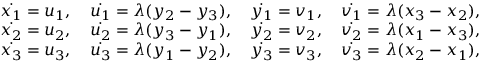
\begin{array} { r l } & { \dot { x _ { 1 } } = u _ { 1 } , \quad \dot { u _ { 1 } } = \lambda ( y _ { 2 } - y _ { 3 } ) , \quad \dot { y _ { 1 } } = v _ { 1 } , \quad \dot { v _ { 1 } } = \lambda ( x _ { 3 } - x _ { 2 } ) , } \\ & { \dot { x _ { 2 } } = u _ { 2 } , \quad \dot { u _ { 2 } } = \lambda ( y _ { 3 } - y _ { 1 } ) , \quad \dot { y _ { 2 } } = v _ { 2 } , \quad \dot { v _ { 2 } } = \lambda ( x _ { 1 } - x _ { 3 } ) , } \\ & { \dot { x _ { 3 } } = u _ { 3 } , \quad \dot { u _ { 3 } } = \lambda ( y _ { 1 } - y _ { 2 } ) , \quad \dot { y _ { 3 } } = v _ { 3 } , \quad \dot { v _ { 3 } } = \lambda ( x _ { 2 } - x _ { 1 } ) , } \end{array}